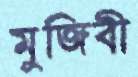
মুজিবী